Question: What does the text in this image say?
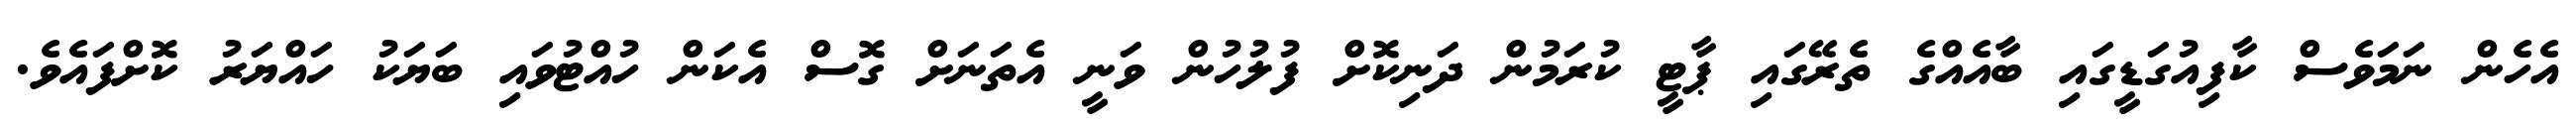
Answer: އެހެން ނަމަވެސް ކާފިއުގަޑީގައި ބާއެއްގެ ތެރޭގައި ޕާޓީ ކުރަމުން ދަނިކޮށް ފުލުހުން ވަނީ އެތަނަށް ގޮސް އެކަން ހުއްޓުވައި ބަޔަކު ހައްޔަރު ކޮށްފައެވެ.